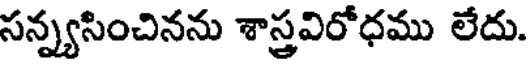
సన్న్యసించినను శాస్త్రవిరోధము లేదు.